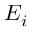
E _ { i }